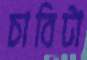
চাবিটা